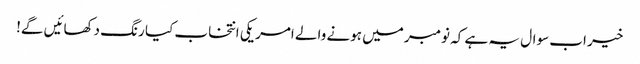
خیر اب سوال یہ ہے کہ نومبر میں ہونے والے امریکی انتخاب کیا رنگ دکھائیں گے!